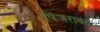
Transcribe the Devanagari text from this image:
पिंजराबंद